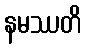
နမဿတိ